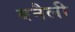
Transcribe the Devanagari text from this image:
बनैली